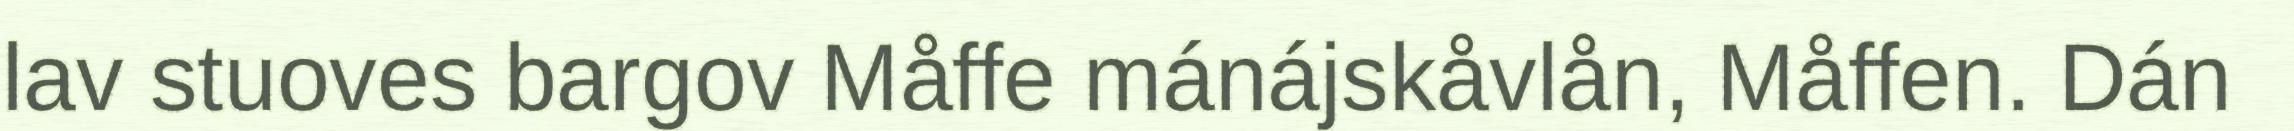
lav stuoves bargov Måffe mánájskåvlån, Måffen. Dán